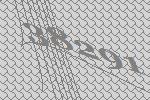
38291